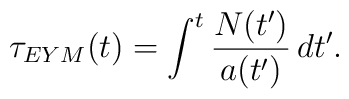
\tau_{EYM}(t)=\int^t \frac{N(t')}{a(t')} \, dt'.